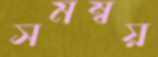
সমম্বয়